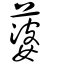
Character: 蔢